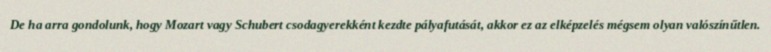
De ha arra gondolunk, hogy Mozart vagy Schubert csodagyerekként kezdte pályafutását, akkor ez az elképzelés mégsem olyan valószínűtlen.